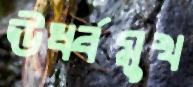
ঊর্ধ্বমুখ